Annual administration and progress report of the Indian Medical Department, Bombay
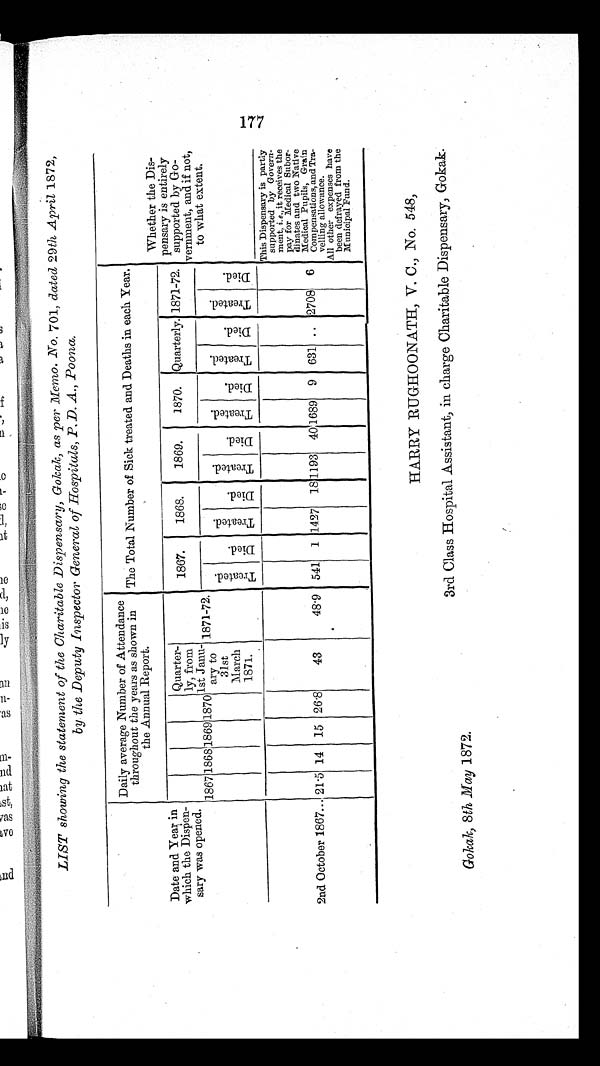
LIST showing the statement of the Charitable Dispensary, Gokak, as per Memo. No. 701, dated 29 th, April 1872,
by the Deputy Inspector General of Hospitals, P. D. A., Poona.
Date and Year in
which the Dispen-
sary was opened.
Daily average Number of Attendance
throughout the years as shown in
the Annual Report.
The Total Number of Sick treated and Deaths in each Year.
Whether the Dis-
pensary is entirely
supported by Go-
vernment, and if not,
to what extent.
177
1867 1868 1869 1870
Quarter-
ly, from
1st Janu-
ary to
31st
March
1871.
1871-72.
1867.
1868.
1869.
1870. Quarterly. 1871-72.
T r e a t e d .
D i e d .
T r e a t e d .
Di e d .
T r e a t e d .
D i e d .
T r e a t e d .
D i e d .
Treated.
D i e d .
T r e a t e d .
D i e d .
2nd October 1867 ... 21.5 14 15 26.8
43
48.9 541 1 1427 18 1193 40 1689 9 631 .. 2708 6
This Dispensary is partly
supported by Govern-
ment, i.e., it receives the
pay for Medical Subor-
dinates and two Native
Medical Pupils, Grain
Compensations and Tra-
velling allowance.
All other expenses have
been defrayed from the
Municipal Fund.
Gokak, 8 th May 1872.
HARRY RUGHOONATH, V. C., No. 548,
3rd Class Hospital Assistant, in charge Charitable Dispensary, Gokak.